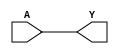
module BUF(A, Y);
  input A;
  output Y;
  assign #2 Y = A;
endmodule

module NOT(A, Y);
  input A;
  output Y;
  assign #(1) Y = ~A;
endmodule

module NAND(A, B, Y);
  input A, B;
  output Y;
  assign #2 Y = ~(A & B);
endmodule

module NOR(A, B, Y);
  input A, B;
  output Y;
  assign #2 Y = ~(A | B);
endmodule

module DFF(C, D, Q);
  input C, D; 
  output reg Q;
  always @(posedge C) #1 Q <= D;
endmodule